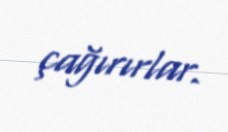
çağırırlar.